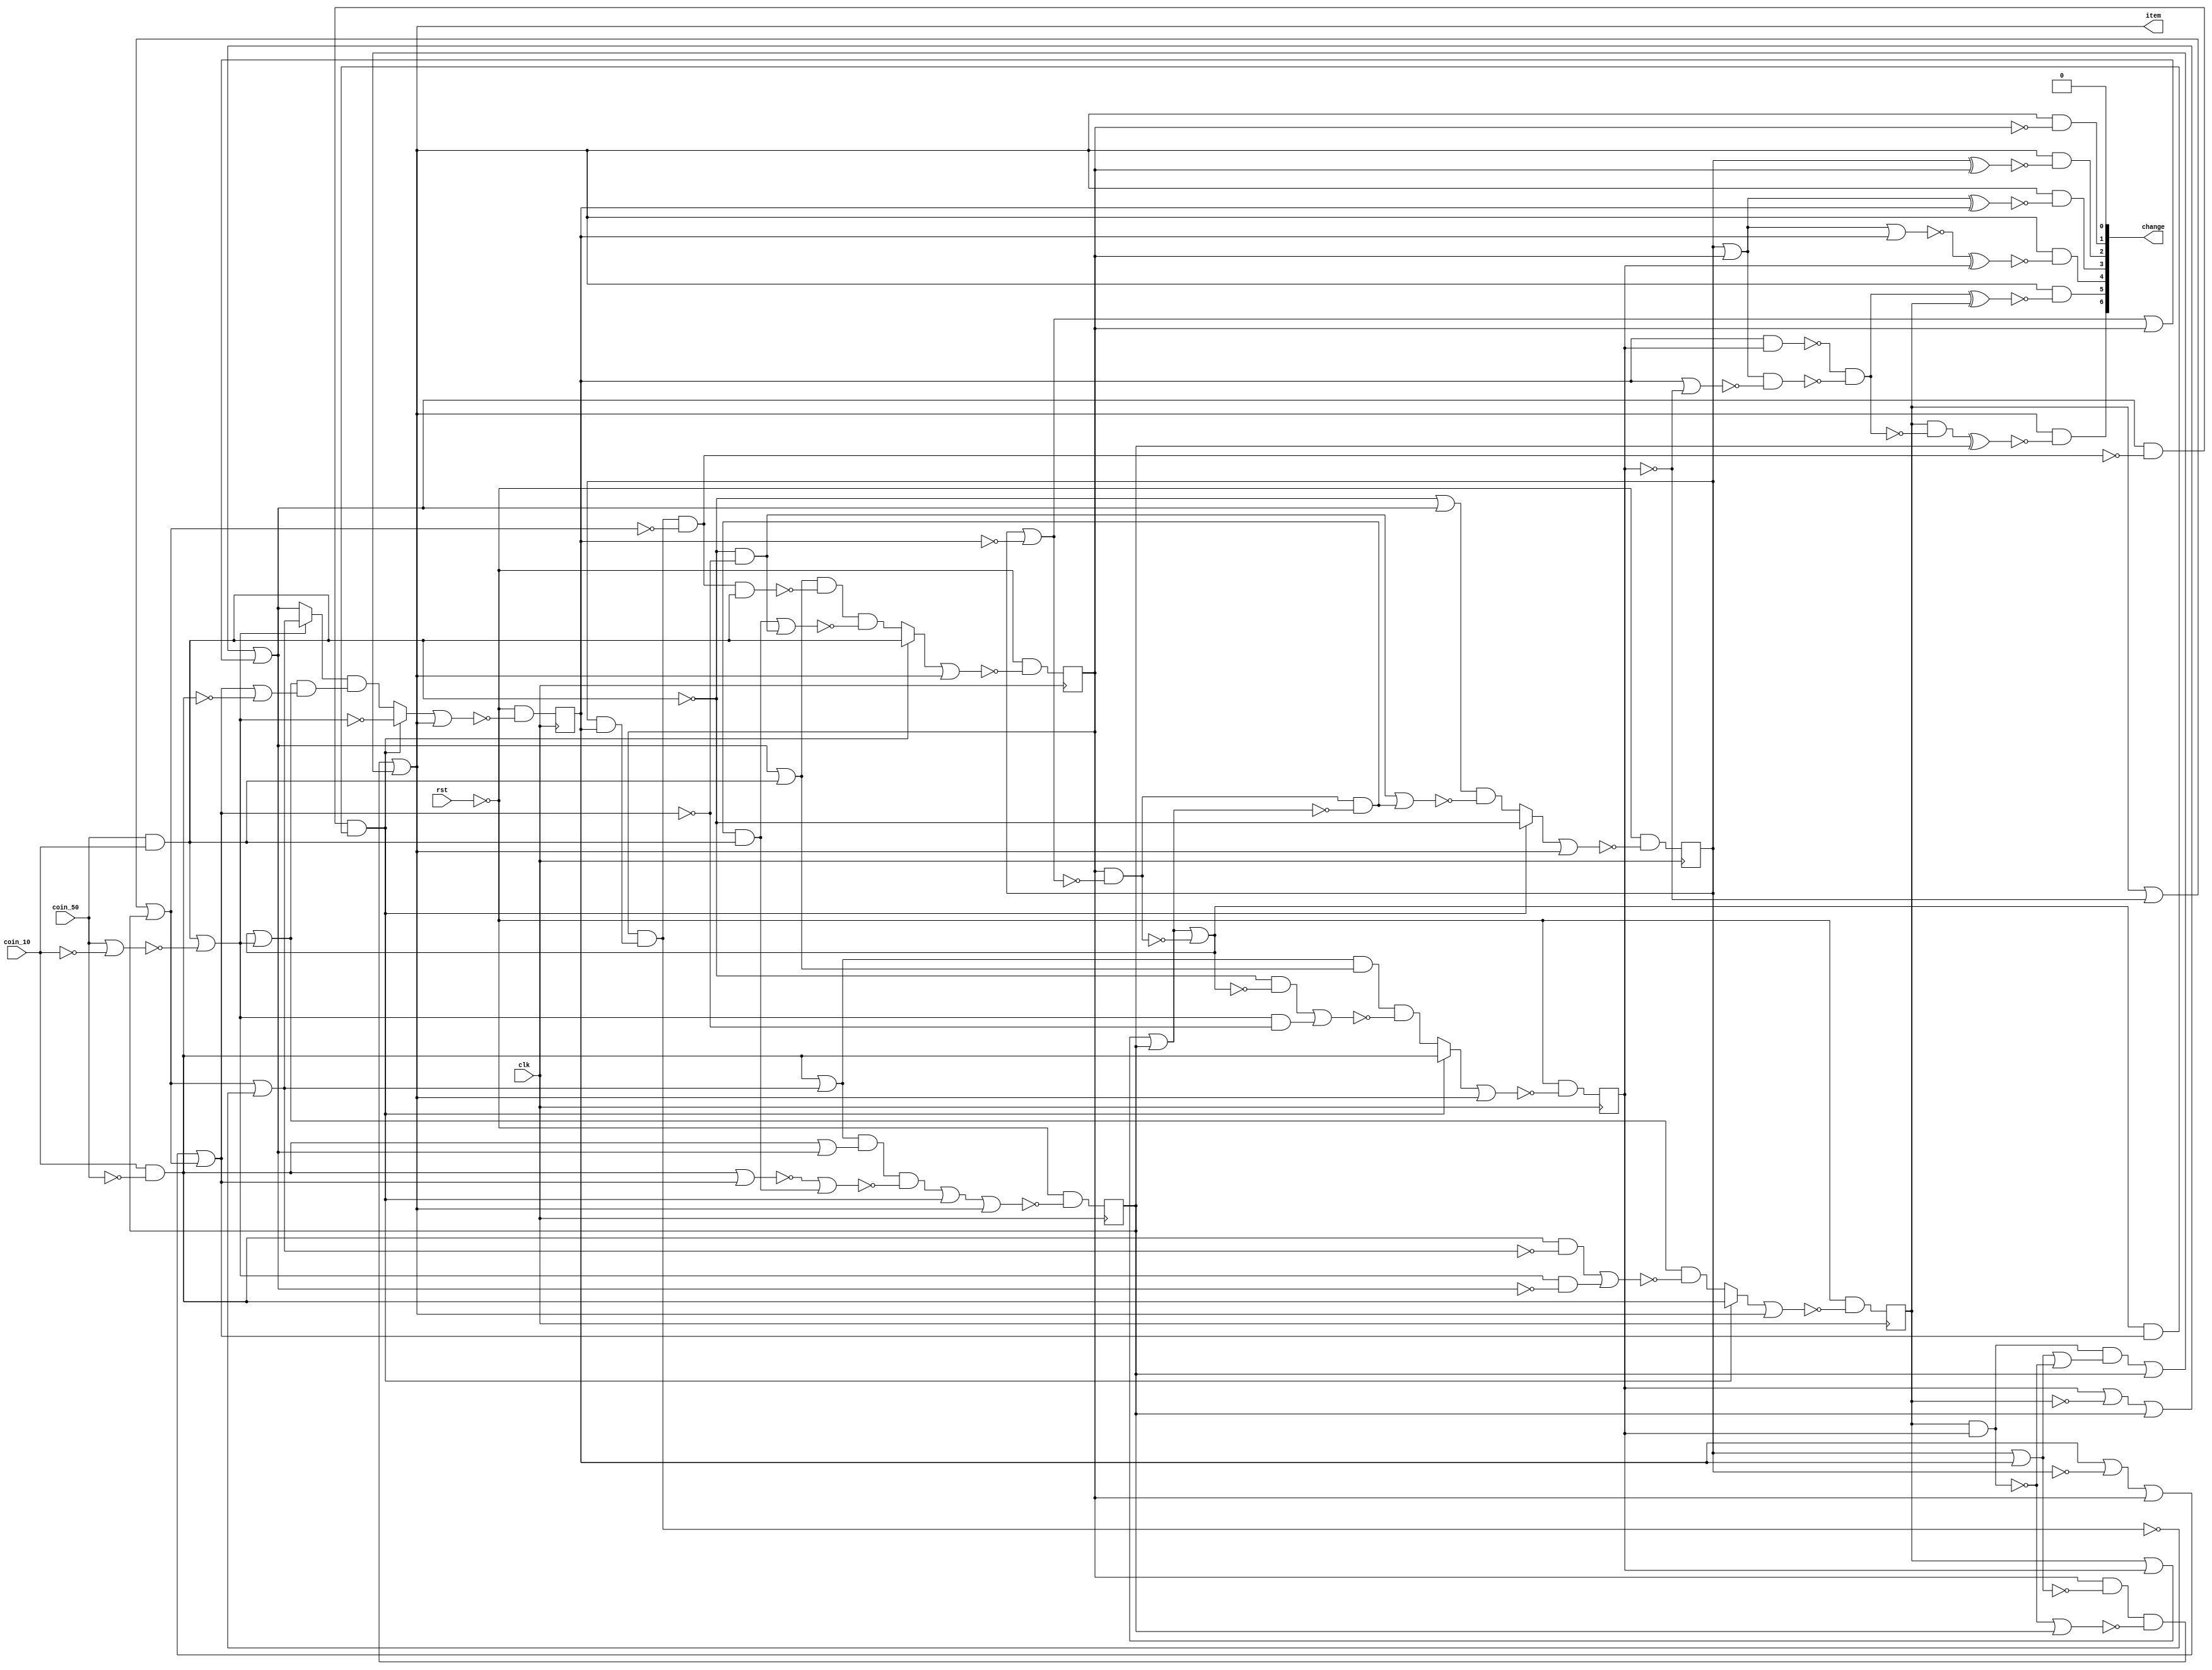
/* Generated by Yosys 0.9+2406 (git sha1 bd2ecc2d, gcc 11.0.0 -fPIC -Os) */

(* top =  1  *)
(* src = "ex4.v:1.1-67.10" *)
module vending(clk, rst, coin_10, coin_50, item, change);
  (* src = "ex4.v:7.5-10.8" *)
  wire [6:0] _000_;
  wire _001_;
  wire _002_;
  wire _003_;
  wire _004_;
  wire _005_;
  wire _006_;
  wire _007_;
  wire _008_;
  wire _009_;
  wire _010_;
  wire _011_;
  wire _012_;
  wire _013_;
  wire _014_;
  wire _015_;
  wire _016_;
  wire _017_;
  wire _018_;
  wire _019_;
  wire _020_;
  wire _021_;
  wire _022_;
  wire _023_;
  wire _024_;
  wire _025_;
  wire _026_;
  wire _027_;
  wire _028_;
  wire _029_;
  wire _030_;
  wire _031_;
  wire _032_;
  wire _033_;
  wire _034_;
  wire _035_;
  wire _036_;
  wire _037_;
  wire _038_;
  wire _039_;
  wire _040_;
  wire _041_;
  wire _042_;
  wire _043_;
  wire _044_;
  wire _045_;
  wire _046_;
  wire _047_;
  wire _048_;
  wire _049_;
  wire _050_;
  wire _051_;
  wire _052_;
  wire _053_;
  wire _054_;
  wire _055_;
  wire _056_;
  wire _057_;
  wire _058_;
  wire _059_;
  wire _060_;
  wire _061_;
  wire _062_;
  wire _063_;
  wire _064_;
  wire _065_;
  wire _066_;
  wire _067_;
  wire _068_;
  wire _069_;
  wire _070_;
  wire _071_;
  wire _072_;
  wire _073_;
  wire _074_;
  wire _075_;
  wire _076_;
  wire _077_;
  wire _078_;
  wire _079_;
  wire _080_;
  wire _081_;
  wire _082_;
  wire _083_;
  wire _084_;
  wire _085_;
  wire _086_;
  wire _087_;
  wire _088_;
  wire _089_;
  wire _090_;
  wire _091_;
  wire _092_;
  wire _093_;
  (* src = "ex4.v:1.76-1.82" *)
  output [6:0] change;
  (* src = "ex4.v:1.22-1.25" *)
  input clk;
  (* src = "ex4.v:1.32-1.39" *)
  input coin_10;
  (* src = "ex4.v:1.41-1.48" *)
  input coin_50;
  (* src = "ex4.v:1.57-1.61" *)
  output item;
  (* src = "ex4.v:3.17-3.26" *)
  (* unused_bits = "1 2 3 4 5 6" *)
  wire [6:0] nextstate;
  (* src = "ex4.v:1.27-1.30" *)
  input rst;
  (* src = "ex4.v:2.17-2.22" *)
  wire [6:0] state;
  assign _028_ = state[5] & state[4];
  assign _029_ = ~(state[5] & state[4]);
  assign _030_ = state[2] | state[3];
  assign _031_ = ~(_030_ | _029_);
  assign _032_ = _028_ & ~(_031_);
  assign _033_ = _032_ | state[6];
  assign _034_ = state[1] & ~(_030_);
  assign _035_ = _029_ | state[6];
  assign _036_ = _034_ & ~(_035_);
  assign item = _036_ | _033_;
  assign change[1] = item & ~(state[1]);
  assign _037_ = state[2] ^ state[1];
  assign change[2] = item & ~(_037_);
  assign _038_ = state[2] | state[1];
  assign _039_ = _038_ ^ state[3];
  assign change[3] = item & ~(_039_);
  assign _040_ = ~(_038_ | state[3]);
  assign _041_ = _040_ ^ state[4];
  assign change[4] = item & ~(_041_);
  assign _042_ = ~(state[3] & state[4]);
  assign _043_ = state[3] | ~(state[4]);
  assign _044_ = _038_ & ~(_043_);
  assign _045_ = _042_ & ~(_044_);
  assign _046_ = _045_ ^ state[5];
  assign change[5] = item & ~(_046_);
  assign _047_ = state[5] & ~(_045_);
  assign _048_ = _047_ ^ state[6];
  assign change[6] = item & ~(_048_);
  assign _049_ = ~rst;
  assign _050_ = coin_50 & coin_10;
  assign _051_ = state[2] | ~(state[3]);
  assign _052_ = _051_ | state[1];
  assign _053_ = state[4] | ~(state[5]);
  assign _054_ = _053_ | state[6];
  assign _055_ = _054_ | _052_;
  assign _056_ = ~(state[2] & state[3]);
  assign _057_ = state[1] & ~(_056_);
  assign _058_ = state[5] | ~(state[4]);
  assign _059_ = _058_ | state[6];
  assign _060_ = _057_ & ~(_059_);
  assign _061_ = _055_ & ~(_060_);
  assign _062_ = state[3] | ~(state[2]);
  assign _063_ = _062_ | state[1];
  assign _064_ = _063_ | _059_;
  assign _065_ = state[1] & ~(_051_);
  assign _066_ = state[5] | state[4];
  assign _067_ = _066_ | state[6];
  assign _068_ = _067_ | ~(_065_);
  assign _069_ = ~(_068_ & _064_);
  assign _070_ = _061_ & ~(_069_);
  assign _071_ = _055_ | _050_;
  assign _072_ = ~(coin_50 & coin_10);
  assign _073_ = _060_ & ~(_072_);
  assign _074_ = _071_ & ~(_073_);
  assign _075_ = ~_050_;
  assign _076_ = _075_ & ~(_064_);
  assign _077_ = _065_ & ~(_067_);
  assign _078_ = _077_ & ~(_072_);
  assign _079_ = _078_ | _076_;
  assign _080_ = _074_ & ~(_079_);
  assign _081_ = _070_ ? _050_ : _080_;
  assign _082_ = _081_ | item;
  assign _000_[1] = _049_ & ~(_082_);
  assign _083_ = _072_ | _055_;
  assign _084_ = _076_ | _077_;
  assign _085_ = _083_ & ~(_084_);
  assign _086_ = _070_ ? _072_ : _085_;
  assign _087_ = _086_ | item;
  assign _000_[2] = _049_ & ~(_087_);
  assign _088_ = coin_50 | ~(coin_10);
  assign _089_ = _050_ | ~(_088_);
  assign _090_ = ~_089_;
  assign _091_ = _059_ | ~(_057_);
  assign _092_ = _089_ ? _091_ : _055_;
  assign _006_ = coin_10 & ~(coin_50);
  assign _093_ = _064_ | ~(_006_);
  assign _001_ = _068_ | _089_;
  assign _002_ = ~(_001_ & _093_);
  assign _003_ = _092_ & ~(_002_);
  assign _004_ = _070_ ? _090_ : _003_;
  assign _005_ = _004_ | item;
  assign _000_[3] = _049_ & ~(_005_);
  assign _007_ = _006_ | _091_;
  assign _008_ = _007_ & _071_;
  assign _009_ = _089_ & ~(_064_);
  assign _010_ = _075_ & ~(_068_);
  assign _011_ = _010_ | _009_;
  assign _012_ = _008_ & ~(_011_);
  assign _013_ = _070_ ? _006_ : _012_;
  assign _014_ = _013_ | item;
  assign _000_[4] = _049_ & ~(_014_);
  assign _015_ = _089_ & ~(_055_);
  assign _016_ = _006_ & ~(_091_);
  assign _017_ = _016_ | _015_;
  assign _018_ = _001_ & ~(_017_);
  assign _019_ = _070_ ? _006_ : _018_;
  assign _020_ = _019_ | item;
  assign _000_[5] = _049_ & ~(_020_);
  assign _021_ = ~(_006_ | _055_);
  assign _022_ = _007_ & ~(_021_);
  assign _023_ = ~(_006_ | _064_);
  assign _024_ = _023_ | _078_;
  assign _025_ = _022_ & ~(_024_);
  assign _026_ = _025_ | _070_;
  assign _027_ = _026_ | item;
  assign _000_[6] = _049_ & ~(_027_);
  reg \state_reg[1] ;
  (* src = "ex4.v:7.5-10.8" *)
  always @(posedge clk)
      \state_reg[1]  <= _000_[1];
  assign state[1] = \state_reg[1] ;
  reg \state_reg[2] ;
  (* src = "ex4.v:7.5-10.8" *)
  always @(posedge clk)
      \state_reg[2]  <= _000_[2];
  assign state[2] = \state_reg[2] ;
  reg \state_reg[3] ;
  (* src = "ex4.v:7.5-10.8" *)
  always @(posedge clk)
      \state_reg[3]  <= _000_[3];
  assign state[3] = \state_reg[3] ;
  reg \state_reg[4] ;
  (* src = "ex4.v:7.5-10.8" *)
  always @(posedge clk)
      \state_reg[4]  <= _000_[4];
  assign state[4] = \state_reg[4] ;
  reg \state_reg[5] ;
  (* src = "ex4.v:7.5-10.8" *)
  always @(posedge clk)
      \state_reg[5]  <= _000_[5];
  assign state[5] = \state_reg[5] ;
  reg \state_reg[6] ;
  (* src = "ex4.v:7.5-10.8" *)
  always @(posedge clk)
      \state_reg[6]  <= _000_[6];
  assign state[6] = \state_reg[6] ;
  assign _000_[0] = 1'h0;
  assign change[0] = 1'h0;
  assign nextstate[0] = 1'h0;
  assign state[0] = 1'h0;
endmodule